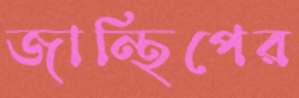
জান্থিপের